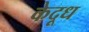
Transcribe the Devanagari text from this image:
केदूध